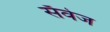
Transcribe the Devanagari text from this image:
सॅवेज